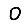
Digit: 0